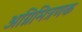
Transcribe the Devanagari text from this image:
अग्निमित्रणक